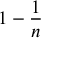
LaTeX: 1 - { \frac { 1 } { n } }